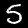
Digit: 5